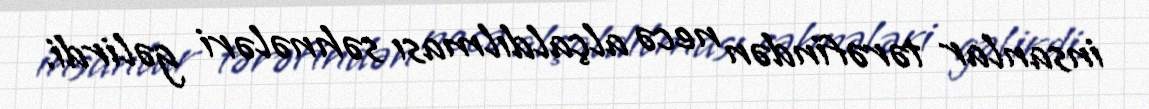
insanlar tərəfindən necə alçaldılması səhnələri gəlirdi.